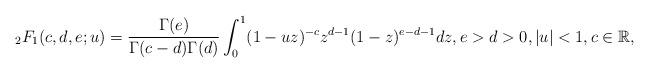
LaTeX: \begin{align*}{}_2F_1(c,d,e; u) = \frac{\Gamma(e)}{\Gamma(c-d)\Gamma(d)} \int_0^1 (1-uz)^{-c}z^{d-1}(1-z)^{e-d-1} dz, e > d > 0, |u| < 1, c \in \mathbb{R},\end{align*}